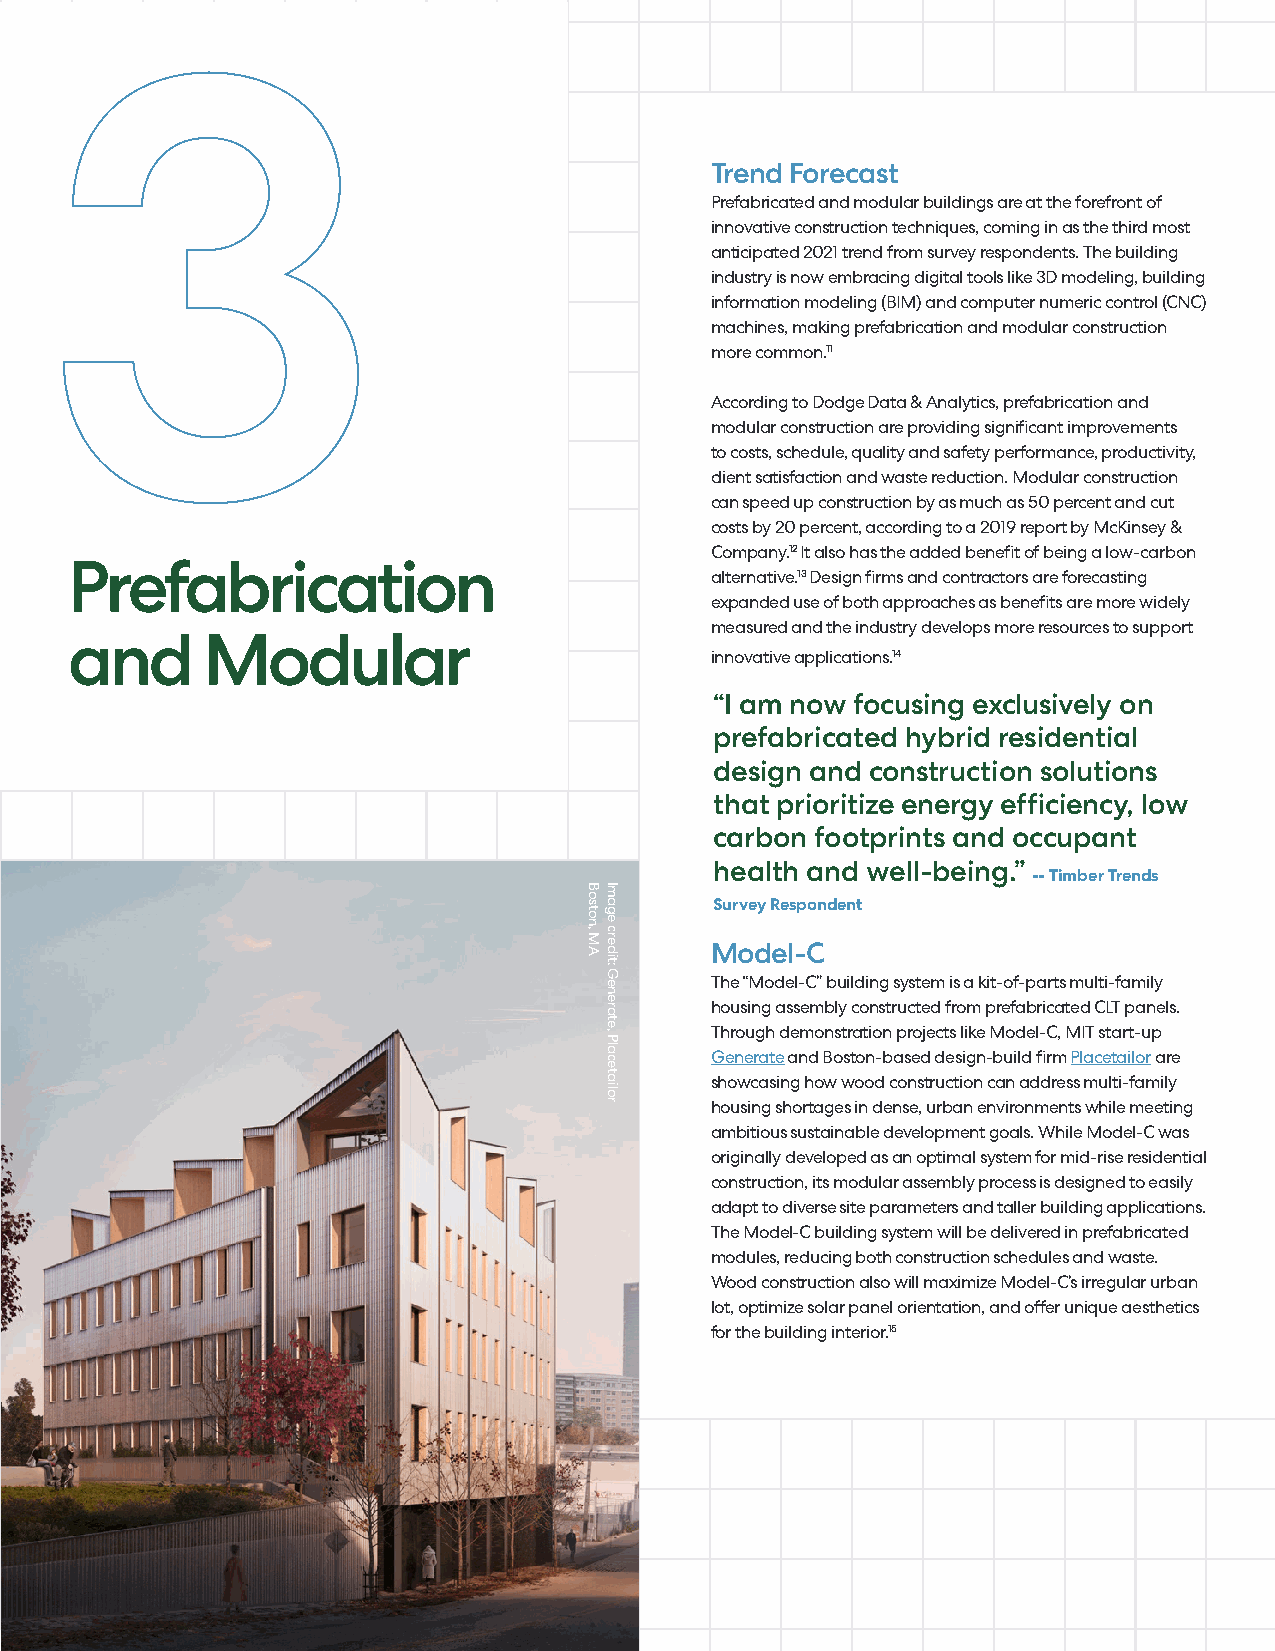
3
 Trend Forecast
 Prefabricated and modular buildings are at the forefront of
 innovative construction techniques, coming in as the third most
 anticipated 2021 trend from survey respondents. The building
 industry is now embracing digital tools like 3D modeling, building
 information modeling (BIM) and computer numeric control (CNC)
 machines, making prefabrication and modular construction
 more common.11
 According to Dodge Data & Analytics, prefabrication and
 modular construction are providing significant improvements
 to costs, schedule, quality and safety performance, productivity,
 client satisfaction and waste reduction. Modular construction
 can speed up construction by as much as 50 percent and cut
 costs by 20 percent, according to a 2019 report by McKinsey &
 Company.12 It also has the added benefit of being a low-carbon
 Prefabrication
 alternative.13 Design firms and contractors are forecasting
 expanded use of both approaches as benefits are more widely
 measured and the industry develops more resources to support
 and      Modular
 innovative applications.14
 “I am now focusing exclusively on
 prefabricated hybrid residential
 design and construction solutions
 that prioritize energy efficiency, low
 carbon footprints and occupant
 health and well-being.”
 -- Timber Trends
 Survey Respondent
 Model-C
 The “Model-C” building system is a kit-of-parts multi-family
 housing assembly constructed from prefabricated CLT panels.
 Through demonstration projects like Model-C, MIT start-up
 Generate and Boston-based design-build firm Placetailor are
 showcasing how wood construction can address multi-family
 housing shortages in dense, urban environments while meeting
 ambitious sustainable development goals. While Model-C was
 originally developed as an optimal system for mid-rise residential
 construction, its modular assembly process is designed to easily
 adapt to diverse site parameters and taller building applications.
 The Model-C building system will be delivered in prefabricated
 modules, reducing both construction schedules and waste.
 Wood construction also will maximize Model-C’s irregular urban
 lot, optimize solar panel orientation, and offer unique aesthetics
 for the building interior.15
 Boston,
 MA
 Image
 credit:
 Generate,
 Placetailor